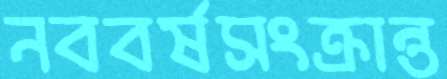
নববর্ষসংক্রান্ত